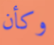
وكأن